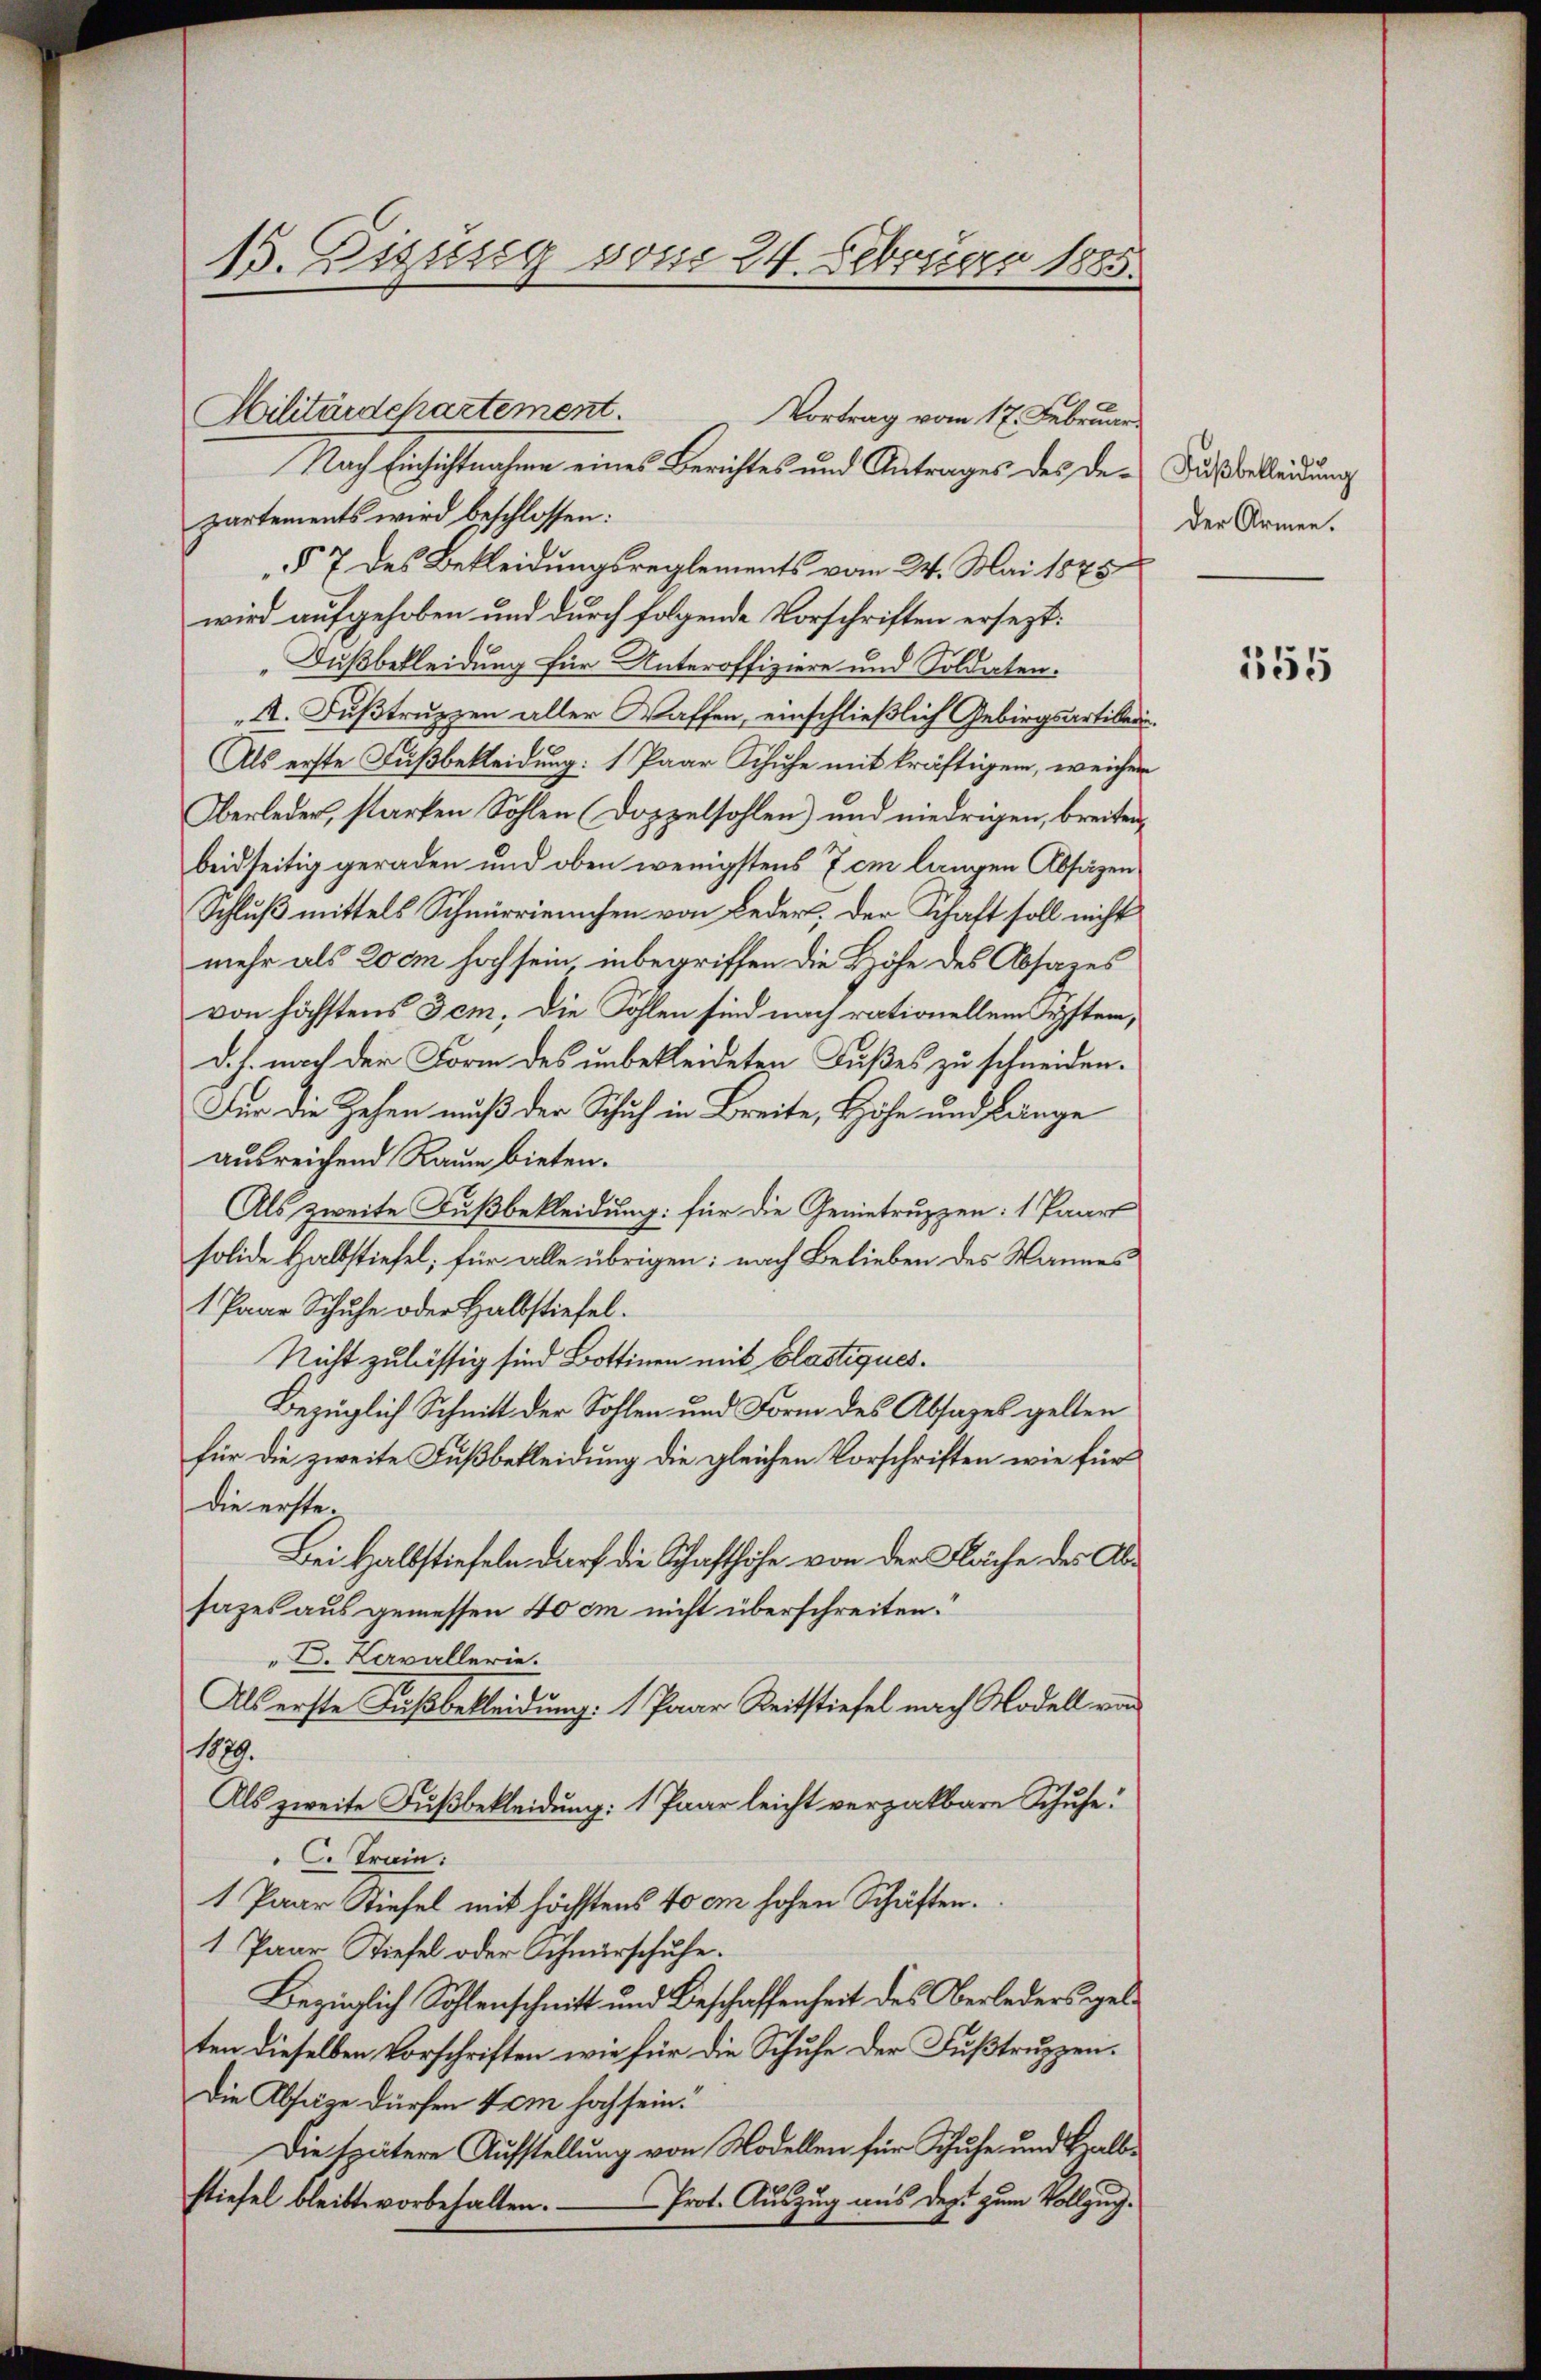
15. Diesig vom 24. Februar 1885.

Hilitärdepartement.
partements wird beschlossen:
§ 7 des Bekleidungsreglements vom 24. Mai 1875
wird aufgehoben und durch folgende Vorschriften ersezt:
Fußbekleidung für Unteroffiziere und Soldaten.
A. Fußtruppen aller Waffen, einschließlich Gebirgsartikerin¬
Als erste Fußbekleidung: „Paar Schuhe mit kräftigem, weicher
Oberleder, starken Sohlen (Doppelsohlen) und niedrigen, breiten,
beidseitig geraden und oben wenigstens 7 cm langen Absäzen
Schluß mittels Schnurriemchen von Beder, der Schaft soll nicht
mehr als 200m hoch sein inbegriffen die Höhe des Absages
von höchstens Jem. Die Fohlen sind nach rationellem System,
d. h. nach der Form des unbekleideten Fußes zu schneiden.
Für die Zehen muß der Schuh in Breite, Höhe und Länge
ausreichend Raum bieten.
Als zweite Fußbekleidung: für die Genietruppen: 1 Paar
solide Halbstiefel; für alle übrigen: nach Belieben des Mannes
1 Paar Schŭhe oder Halbstiefel.
Nicht zulässig sind Bottinen mit Elastiques.
Bezüglich Schnitt der Sohlen und Form des Absages gelten
für die zweite Fußbekleidung die gleichen Vorschriften wie für
die erste.
Bei Halbstiefeln darf die Schafthöhe von der Fläche des Absazes aus gemessen 40 im nicht überschreiten.
D. Kavallerie.
Als erste Fußbekleidung: „Paar Reitstiefel nach Modell von
1889.
Als zweite Fußbekleidung: 1 Paar leicht verzalbare Schuhe!
C. Train:
1 Paar Stiefel mit höchstens 40 cm hohen Schaften.
1 Paar Tiefel oder Schnürschuhe.
Bezüglich Sohlenschnitt und Beschaffenheit des Oberleders gelten dieselben Vorschriften wie für die Schufe der Fußtruppen.
Die Absage dürfen vom hoch sein.
Die spätere Aufstellung von Modellen für Schuhe und Halb¬
Prot. Auszug aus dest zum Vollzug.
stiefel bleibte vorbehalten.

Nach Einsichtnahme eines Berichtes und Antrages des der Ausbekleidung

Vortrag vom 17. Februar

der Armen.

355